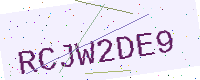
Text: RCJW2DE9